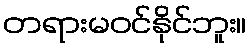
တရားမဝင်နိုင်ဘူး။